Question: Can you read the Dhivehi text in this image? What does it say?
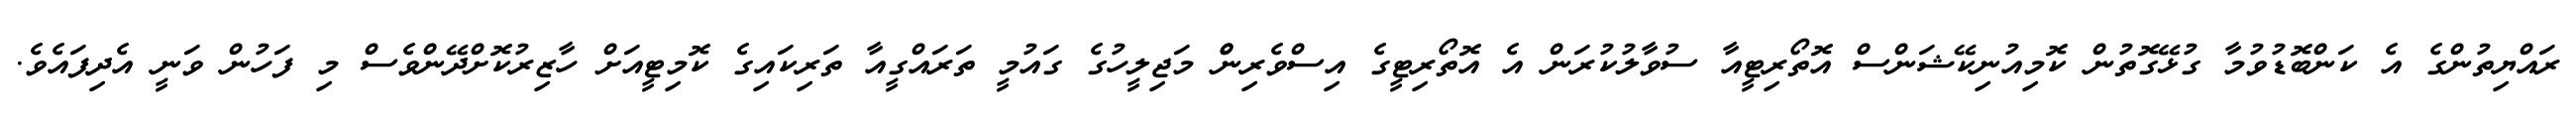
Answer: ރައްޔިތުންގެ އެ ކަންބޮޑުވުމާ ގުޅޭގޮތުން ކޮމިއުނިކޭޝަންސް އޮތޯރިޓީއާ ސުވާލުކުރަން އެ އޮތޯރިޓީގެ އިސްވެރިންް މަޖިލީހުގެ ގައުމީ ތަރައްގީއާ ތަރިކައިގެ ކޮމިޓީއަށް ހާޒިރުކޮށްދޭންވެސް މި ފަހުން ވަނީ އެދިފައެވެ.